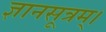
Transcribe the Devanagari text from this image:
ज्ञानसूत्रम्।